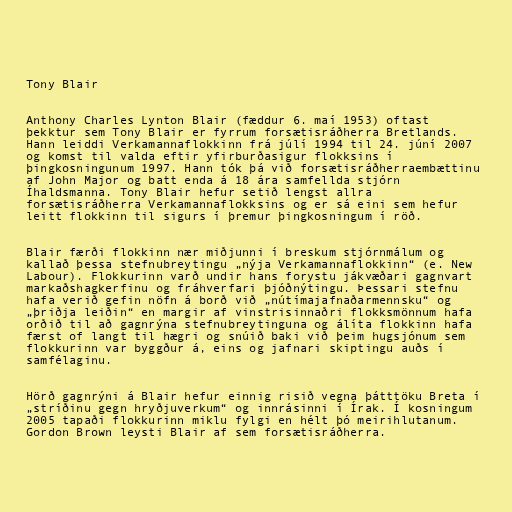
Tony Blair

Anthony Charles Lynton Blair (fæddur 6. maí 1953) oftast
þekktur sem Tony Blair er fyrrum forsætisráðherra Bretlands.
Hann leiddi Verkamannaflokkinn frá júlí 1994 til 24. júní 2007
og komst til valda eftir yfirburðasigur flokksins í
þingkosningunum 1997. Hann tók þá við forsætisráðherraembættinu
af John Major og batt enda á 18 ára samfellda stjórn
Íhaldsmanna. Tony Blair hefur setið lengst allra
forsætisráðherra Verkamannaflokksins og er sá eini sem hefur
leitt flokkinn til sigurs í þremur þingkosningum í röð.

Blair færði flokkinn nær miðjunni í breskum stjórnmálum og
kallað þessa stefnubreytingu „nýja Verkamannaflokkinn“ (e. New
Labour). Flokkurinn varð undir hans forystu jákvæðari gagnvart
markaðshagkerfinu og fráhverfari þjóðnýtingu. Þessari stefnu
hafa verið gefin nöfn á borð við „nútímajafnaðarmennsku“ og
„þriðja leiðin“ en margir af vinstrisinnaðri flokksmönnum hafa
orðið til að gagnrýna stefnubreytinguna og álíta flokkinn hafa
færst of langt til hægri og snúið baki við þeim hugsjónum sem
flokkurinn var byggður á, eins og jafnari skiptingu auðs í
samfélaginu.

Hörð gagnrýni á Blair hefur einnig risið vegna þátttöku Breta í
„stríðinu gegn hryðjuverkum“ og innrásinni í Írak. Í kosningum
2005 tapaði flokkurinn miklu fylgi en hélt þó meirihlutanum.
Gordon Brown leysti Blair af sem forsætisráðherra.